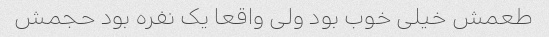
طعمش خیلی خوب بود ولی واقعا یک نفره بود حجمش